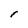
Character: l